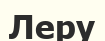
Леру